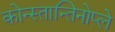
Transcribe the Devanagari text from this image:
कोन्स्तान्तिनोप्ले